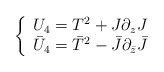
\begin{align*}\left\{\begin{array}{l}U_4 = T^2 + J \partial_z J\\\bar U_4 = \bar T^2 - \bar J \partial_{\bar z} \bar J\end{array}\right.\end{align*}